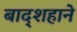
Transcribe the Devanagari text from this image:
बाद्शहाने